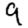
Digit: 9